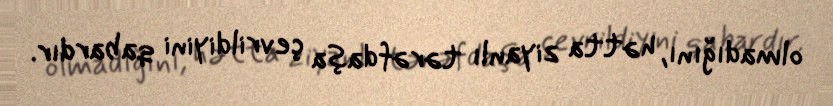
olmadığını, hətta ziyanlı tərəfdaşa çevrildiyini qabardır.